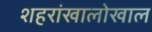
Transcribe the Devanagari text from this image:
शहरांखालोखाल